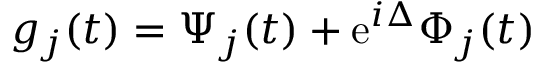
g _ { j } ( t ) = \Psi _ { j } ( t ) + \mathrm { e } ^ { i \Delta } \Phi _ { j } ( t )